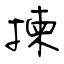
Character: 揀